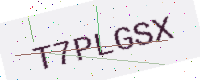
Text: T7PLGSX